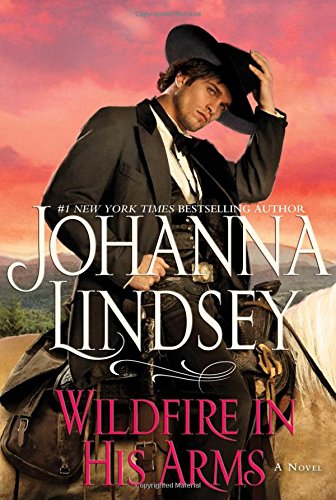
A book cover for Wildfire In His Arms; Johanna Lindsey; Romance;